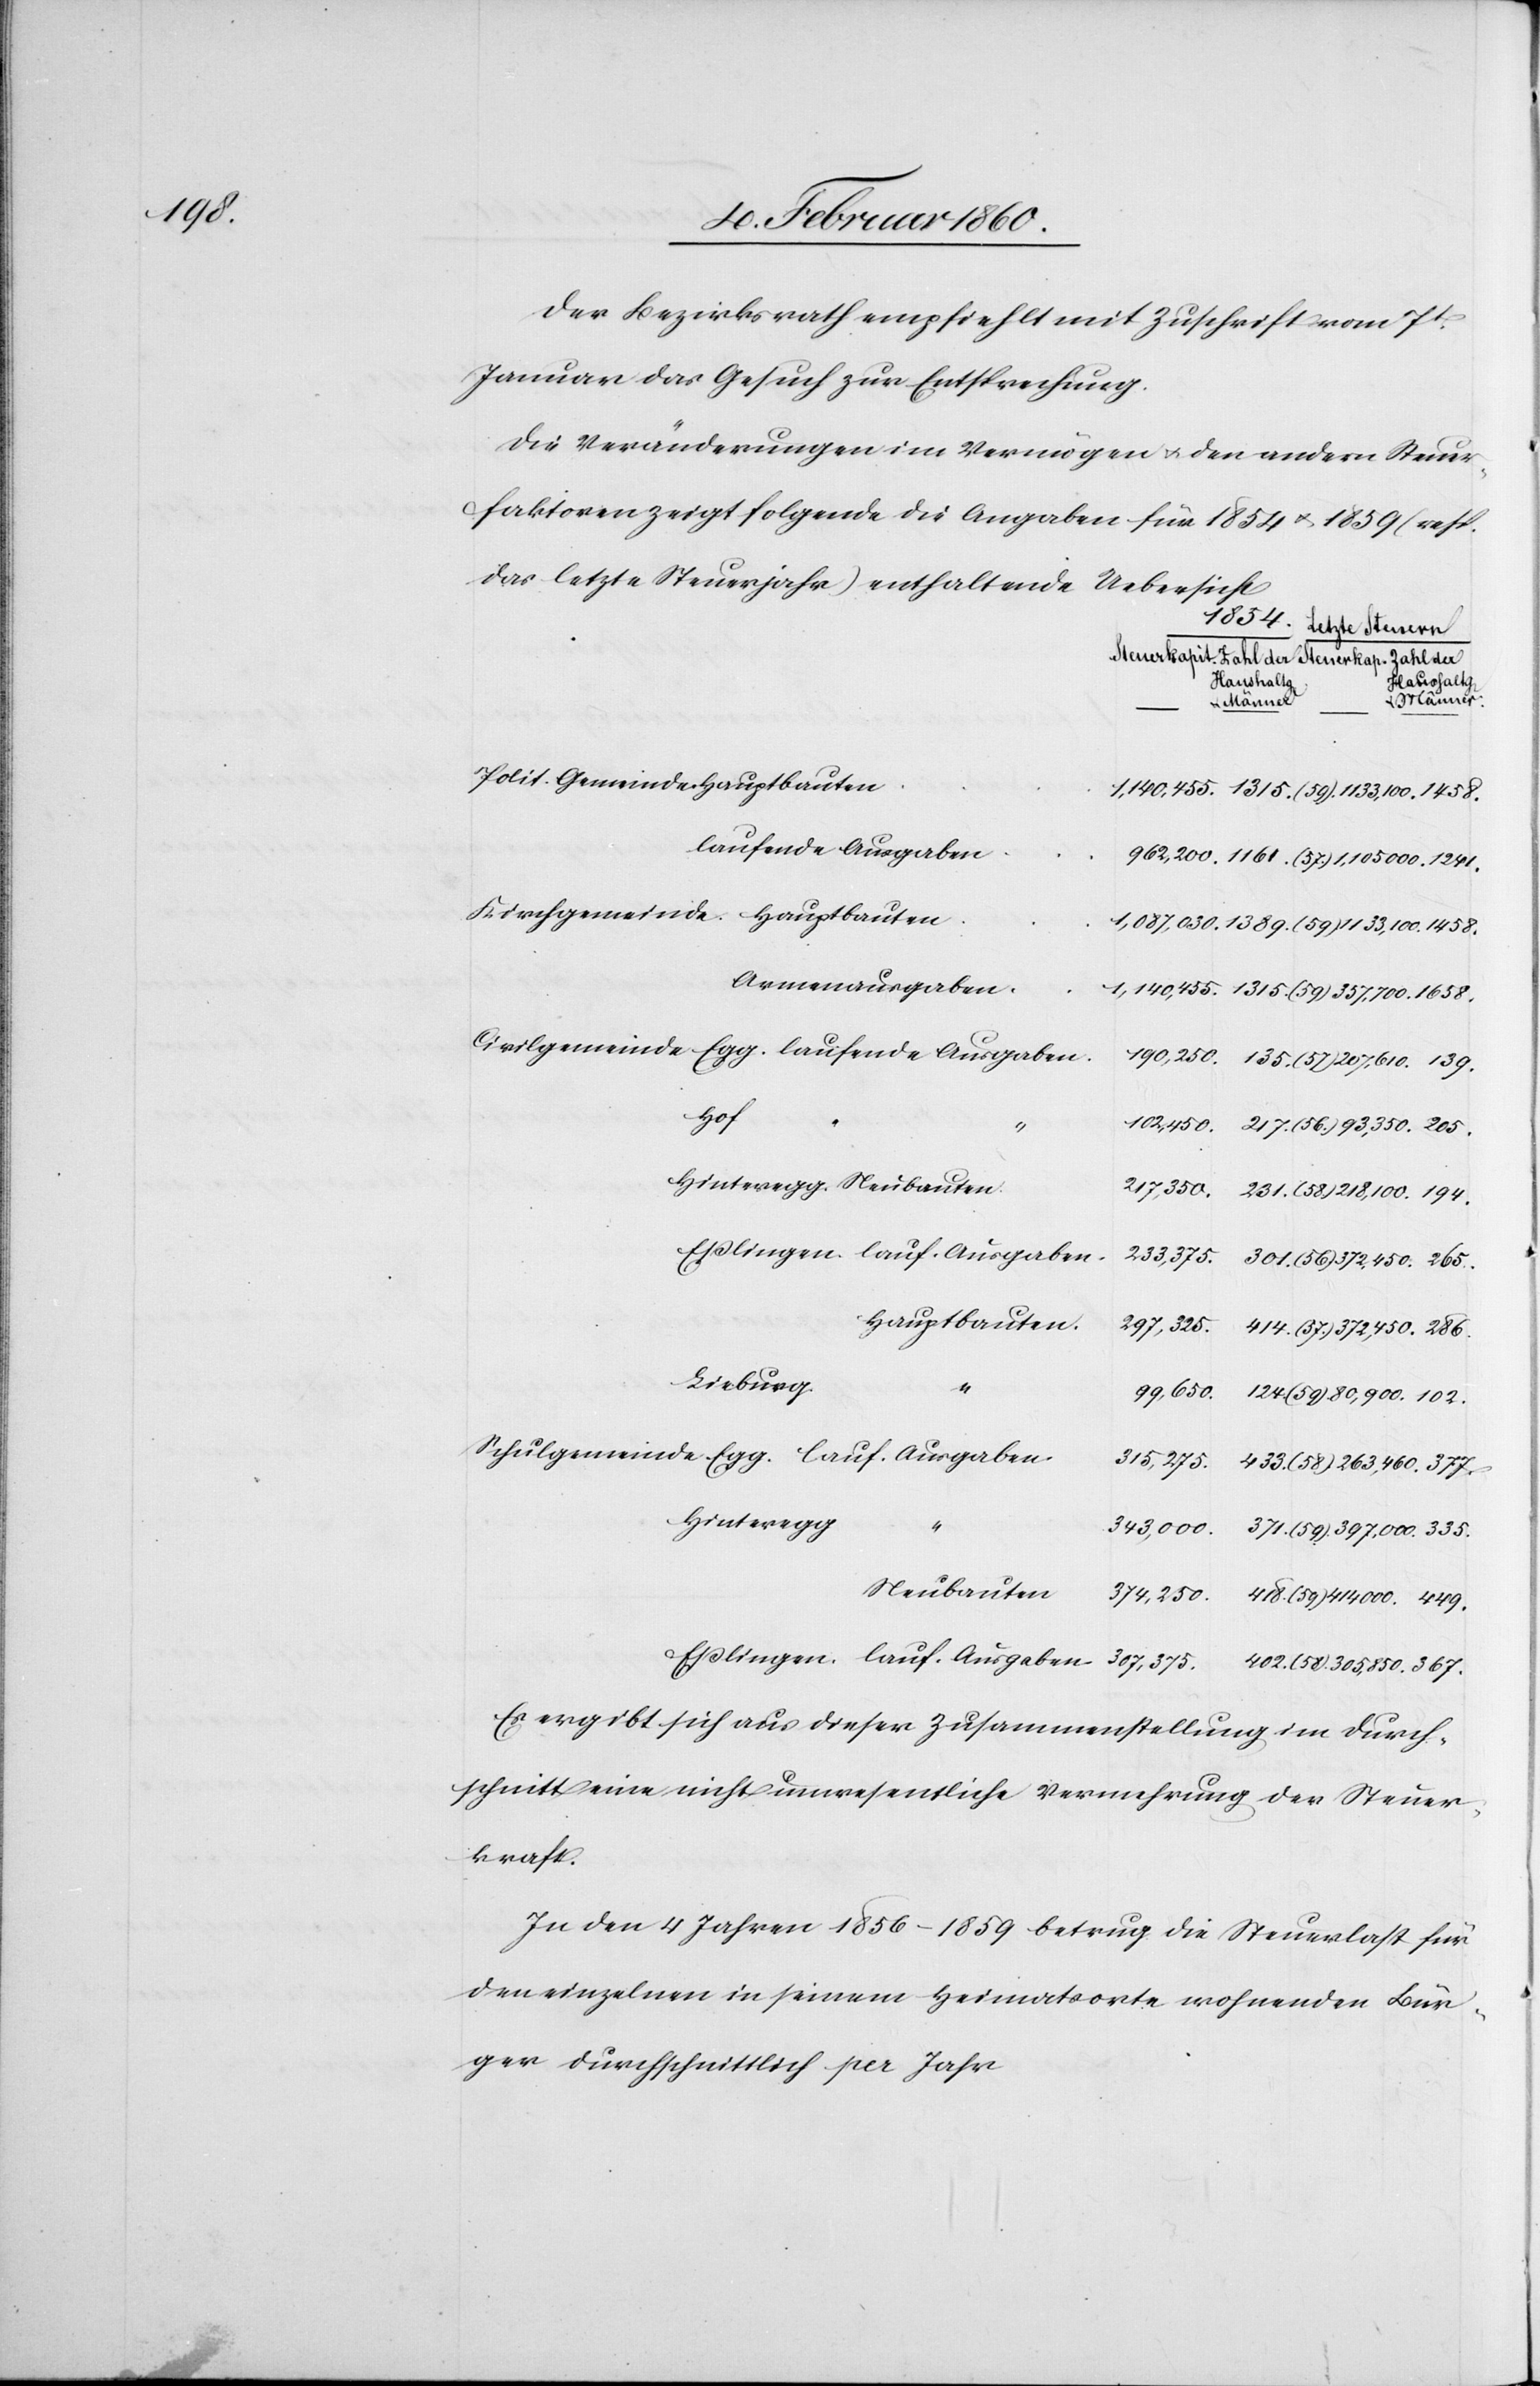
449.

Der Bezirksrath empfiehlt mit Zuschrift vom 7t
Januar das Gesuch zur Entsprechung.
Die Veränderungen im Vermögen u. der andern Steuer¬
faktoren zeigt folgende die Angaben für 1854 u. 1859 (resp.
das letzte Steuerjahr) enthaltende Uebersicht.
Haushaltg
Haushaltg.
u. Männer
laufende Ausgaben
Armenausgaben
lauf.
Hauptbauten
Kieburg
Hinteregg
Neubauten
Es ergibt sich aus dieser Zusammenstellung im Durch¬
schnitt eine nicht unwesentliche Vermehrung der Steuer¬
kraft.
In den 4 Jahren 1856–1859 betrug die Steuerlast für
den einzelnen in seinem Heimatsorte wohnenden Bür¬
ger Durchschnittlich per Jahr